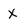
Character: x